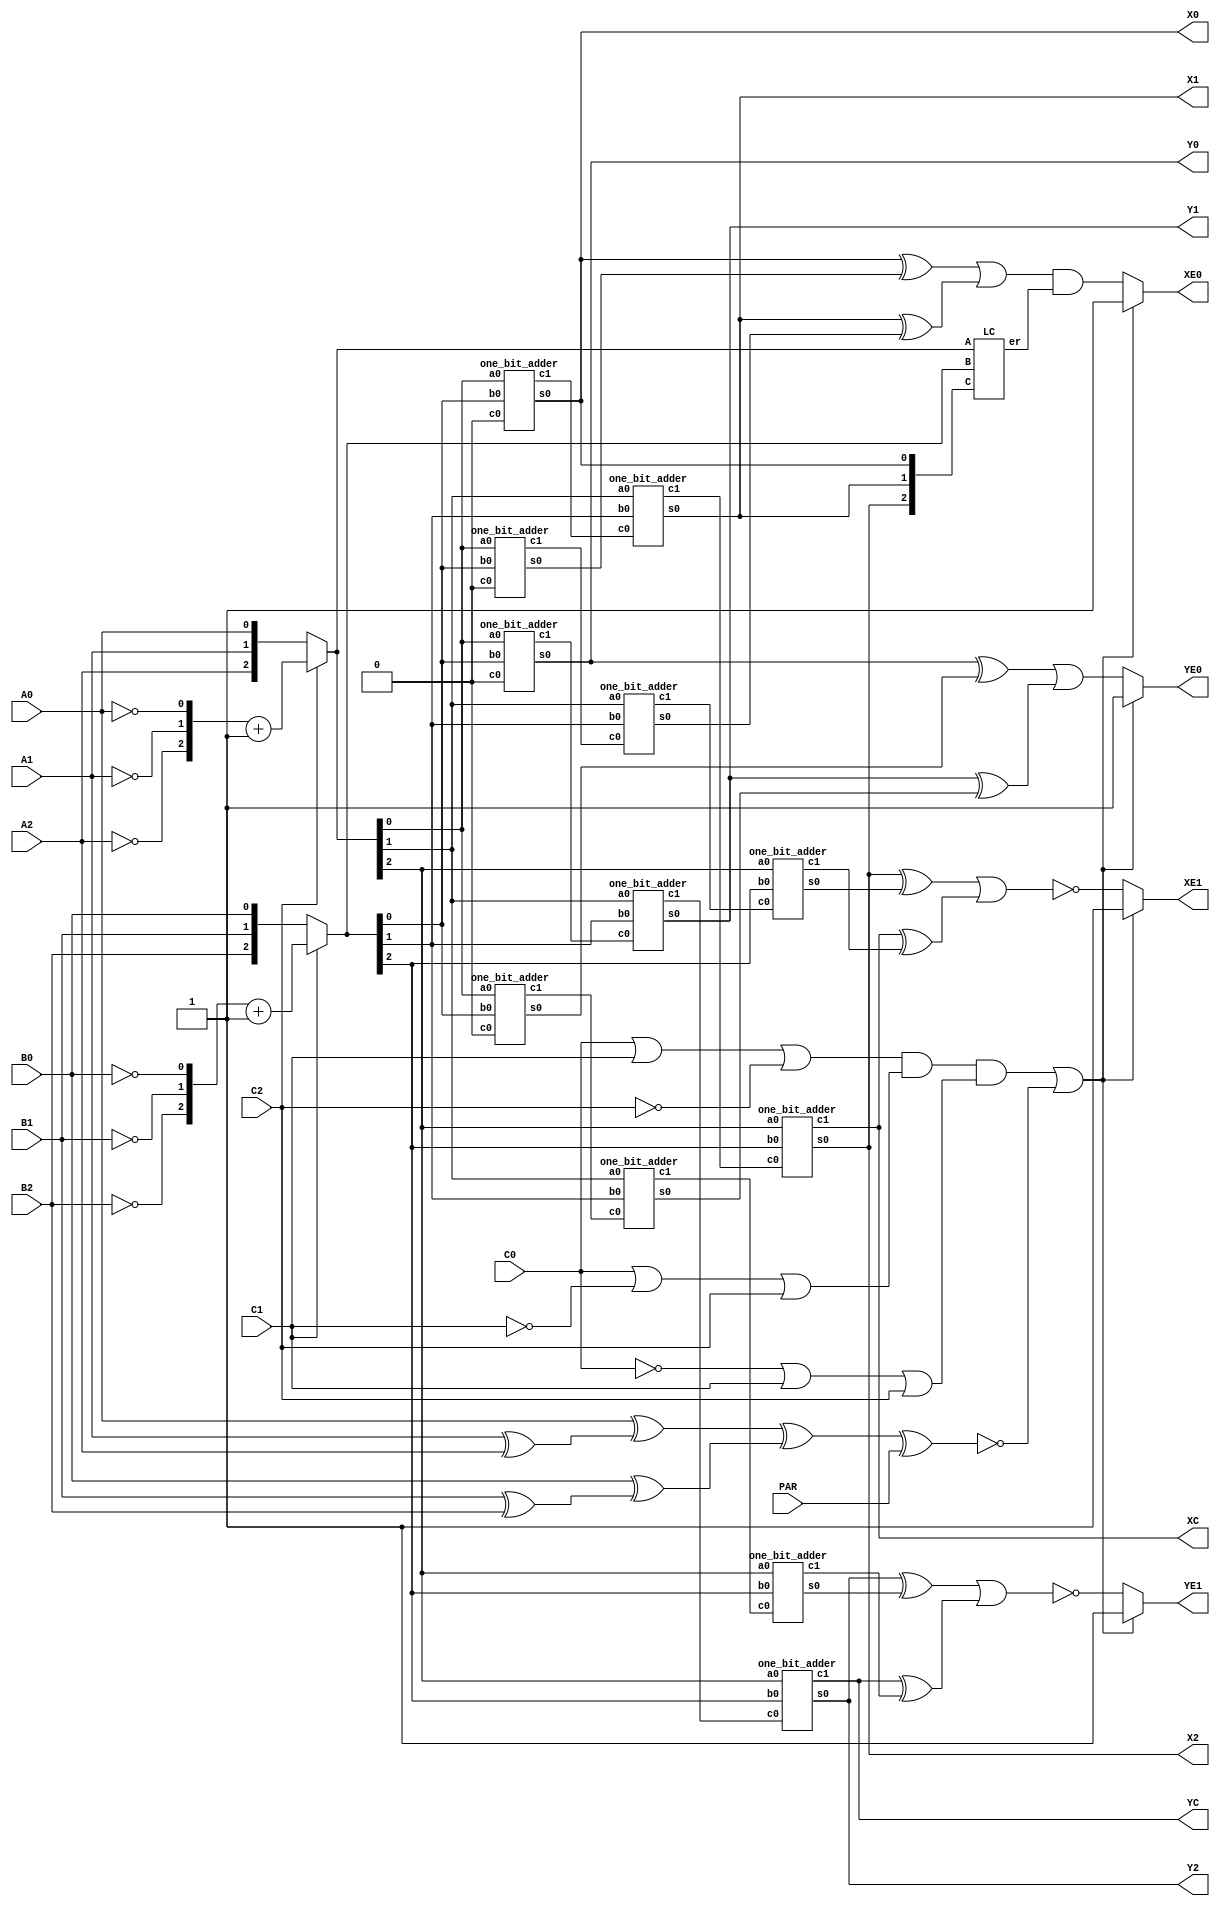
//Code your design here
 /**************************************************************************/
 /*  Stub for Project in EE382M - Dependable Computing
 */
 /*
 */
 /*  Do not change I/O names in main() module
 */
 /*
 */
 /**************************************************************************/

module main(A0,A1,A2,B0,B1,B2,PAR,C0,C1,C2,X0,X1,X2,XC,XE0,XE1,
             Y0,Y1,Y2,YC,YE0,YE1);

  input A0,A1,A2,B0,B1,B2,PAR,C0,C1,C2;
  output X0,X1,X2,XC,XE0,XE1,Y0,Y1,Y2,YC,YE0,YE1;
  
  /* add your design here */
  //Determine if input is a codeword or not
  wire       cw_e;
  wire       is_n_cw,is_n_cw_b;
  wire [1:0] w_cw; 
  
  assign w_cw[0] = A1^A2;
  assign is_n_cw = A0^w_cw[0];
  assign w_cw[1] = B1^B2;
  assign is_n_cw_b = B0^w_cw[1];
  
  assign cw_e = !(is_n_cw^is_n_cw_b^PAR);
  
  //Determine if the control signal is one-hot or not
  wire       ci_e;
  wire [2:0] w_ci; 
  
  assign w_ci[0] = (C0)|(C1)|(!C2);
  assign w_ci[1] = (C0)|(!C1)|(C2);
  assign w_ci[2] = (!C0)|(C1)|(C2);
  
  assign ci_e = w_ci[0]&w_ci[1]&w_ci[2];
  //Determine the operation tyep
  wire [2:0]post_a;
  wire [2:0]post_b;
  wire [2:0]comp_a;
  wire [2:0]comp_b;
  
  assign comp_a = {!A2,!A1,!A0} + 1;
  assign comp_b = {!B2,!B1,!B0} + 1;
  
  assign post_a = C2?comp_a:{A2,A1,A0};
  assign post_b = C1?comp_b:{B2,B1,B0};
  
  //Adder1
  wire [2:0] a_1; 
  wire [2:0] b_1;

  wire       cout_1; 
  wire [1:0] w_adder_1; 
  wire [2:0] pre_sum_1; 
  wire lc_err_1;
  
  assign a_1[2:0] = post_a[2:0]; 
  assign b_1[2:0] = post_b[2:0]; 
  assign XC       = cout_1; 
  
  one_bit_adder adder_1_1(a_1[0],b_1[0],1'b0,pre_sum_1[0],w_adder_1[0]);
  one_bit_adder adder_1_2(a_1[1],b_1[1],w_adder_1[0],pre_sum_1[1],w_adder_1[1]);
  one_bit_adder adder_1_3(a_1[2],b_1[2],w_adder_1[1],pre_sum_1[2],cout_1);
  
  LC lc1(a_1, b_1, pre_sum_1, lc_err_1);
  
  assign X0 = pre_sum_1[0];
  assign X1 = pre_sum_1[1];
  assign X2 = pre_sum_1[2];
  //Adder1 redundancy 
  wire [2:0] a_1_r; 
  wire [2:0] b_1_r;
  wire       cout_1_r; 
  wire [1:0] w_adder_1_r; 
  wire [2:0] pre_sum_1_r; 
  wire lc_err_1_r;
  
  assign a_1_r[2:0] = post_a[2:0]; 
  assign b_1_r[2:0] = post_b[2:0]; 
   


 
  one_bit_adder adder_1_1_r(a_1_r[0],b_1_r[0],1'b0,pre_sum_1_r[0],w_adder_1_r[0]);
  one_bit_adder adder_1_2_r(a_1_r[1],b_1_r[1],w_adder_1_r[0],pre_sum_1_r[1],w_adder_1_r[1]);
  one_bit_adder adder_1_3_r(a_1_r[2],b_1_r[2],w_adder_1_r[1],pre_sum_1_r[2],cout_1_r);
  
  LC lc2(a_1_r, b_1_r, pre_sum_1_r, lc_err_1_r);
  
  
  //Adder2
  wire [2:0] a_2; 
  wire [2:0] b_2;
  wire       cout_2; 
  wire [1:0] w_adder_2; 
  wire [2:0] pre_sum_2; 
  
  assign a_2[2:0] = post_a[2:0]; 
  assign b_2[2:0] = post_b[2:0]; 
  assign YC       = cout_2; 
  wire lc_err_2;
  
  one_bit_adder
  adder_2_1(a_2[0],b_2[0],1'b0,pre_sum_2[0],w_adder_2[0]);
  one_bit_adder
  adder_2_2(a_2[1],b_2[1],w_adder_2[0],pre_sum_2[1],w_adder_2[1]);
  one_bit_adder
  adder_2_3(a_2[2],b_2[2],w_adder_2[1],pre_sum_2[2],cout_2);
  
  LC lc3(a_2, b_2, pre_sum_2, lc_err_2);
  
  assign Y0 = pre_sum_2[0];
  assign Y1 = pre_sum_2[1];
  assign Y2 = pre_sum_2[2];
  
  //Adder2 redundancy 
  wire [2:0] a_2_r; 
  wire [2:0] b_2_r;
  wire       cout_2_r; 
  wire [1:0] w_adder_2_r; 
  wire [2:0] pre_sum_2_r; 
  wire lc_err_2_r;
  
  assign a_2_r[2:0] = post_a[2:0]; 
  assign b_2_r[2:0] = post_b[2:0]; 
  
  one_bit_adder adder_2_1_r(a_2_r[0],b_2_r[0],1'b0,pre_sum_2_r[0],w_adder_2_r[0]);
  one_bit_adder adder_2_2_r(a_2_r[1],b_2_r[1],w_adder_2_r[0],pre_sum_2_r[1],w_adder_2_r[1]);
  one_bit_adder adder_2_3_r(a_2_r[2],b_2_r[2],w_adder_2_r[1],pre_sum_2_r[2],cout_2_r);
  
  LC lc4(a_2_r, b_2_r, pre_sum_2_r, lc_err_2_r);
  //Error logic
  wire  pre_x0_e;
  wire  pre_x0_e_r;
  wire  pre_x1_e;
  wire  pre_x1_e_r;
  
  wire  pre_y0_e;
  wire  pre_y0_e_r;
  wire  pre_y1_e_r;
  wire  pre_y1_e;
  
  
  //Error checking
  assign pre_x0_e = ((pre_sum_1[0]^pre_sum_1_r[0]) | (pre_sum_1[1]^pre_sum_1_r[1])) & lc_err_1;
  assign pre_x0_e_r = ((pre_sum_1[0]^pre_sum_1_r[0]) | (pre_sum_1[1]^pre_sum_1_r[1])) & lc_err_1;
  //assign pre_x1_e = (~((pre_sum_1[2]^pre_sum_1_r[2]) | (cout_1^cout_1_r))) | (~lc_err_1);
  //assign pre_x1_e_r = (~((pre_sum_1[2]^pre_sum_1_r[2]) | (cout_1^cout_1_r))) | (~lc_err_1);
  //assign pre_x0_e = (pre_sum_1[0]^pre_sum_1_r[0]) | (pre_sum_1[1]^pre_sum_1_r[1]);
  //assign pre_x0_e_r = (pre_sum_1[0]^pre_sum_1_r[0]) | (pre_sum_1[1]^pre_sum_1_r[1]);
  assign pre_x1_e = ~((pre_sum_1[2]^pre_sum_1_r[2]) | (cout_1^cout_1_r));
  assign pre_x1_e_r = ~((pre_sum_1[2]^pre_sum_1_r[2]) | (cout_1^cout_1_r));

  assign pre_y0_e = (pre_sum_2[0]^pre_sum_2_r[0]) | (pre_sum_2[1]^pre_sum_2_r[1]);
  assign pre_y0_e_r= (pre_sum_2[0]^pre_sum_2_r[0]) | (pre_sum_2[1]^pre_sum_2_r[1]);
  assign pre_y1_e = ~((pre_sum_2[2]^pre_sum_2_r[2]) | (cout_2^cout_2_r));
  assign pre_y1_e_r = ~((pre_sum_2[2]^pre_sum_2_r[2]) | (cout_2^cout_2_r));
  //Combine all error signal 
  
  assign XE0 = (ci_e|cw_e|(pre_x0_e != pre_x0_e_r))?1'b1:pre_x0_e;
  assign XE1 = (ci_e|cw_e|(pre_x1_e != pre_x1_e_r))?1'b1:pre_x1_e_r;
  
  assign YE0 = (ci_e|cw_e|(pre_y0_e != pre_y0_e_r))?1'b1:pre_y0_e_r;
  assign YE1 = (ci_e|cw_e|(pre_y1_e != pre_y1_e_r))?1'b1:pre_y1_e;
  endmodule
 

  module one_bit_adder(a0,b0,c0,s0,c1);
  
  /* three inputs which are 1 bit each */
  input a0;
  input b0;
  input c0;/* carry in */
  
  /* two outputs which are 1 bit each */
  output s0;/* sum */
  output c1;/* carry out */
  
  assign s0 = a0^b0^c0;
  assign c1 = (a0&b0)|(b0&c0)|(c0&a0);
  
  endmodule
  
 

 module LC(A, B, C,er);
  input [2:0] A, B, C;
  output er;
  
  
  wire pa, pb, pcarry, ps;
  wire dc_1, dc_2, dc_3;
  
  assign pa = ~(A[0] ^ A[1] ^ A[2]);
  assign pb = ~(B[0] ^ B[1] ^ B[2]);
  
  assign dc_1 = 1'b0;
  assign dc_2 = A[0] & B[0];
  assign dc_3 = (dc_2 & A[1]) | (dc_2 & B[1]) | (A[1] & B[1]);
  
  assign pcarry = ~(dc_1 ^ dc_2 ^ dc_3);
  assign ps = ~(C[0] ^ C[1] ^ C[2]);
  assign er = (ps == (pa ^ pb ^ pcarry))? 1'b0:1'b1;
  
  endmodule